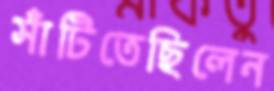
সাঁটিতেছিলেন